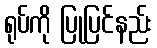
ရုပ်ကို ပြုပြင်နည်း